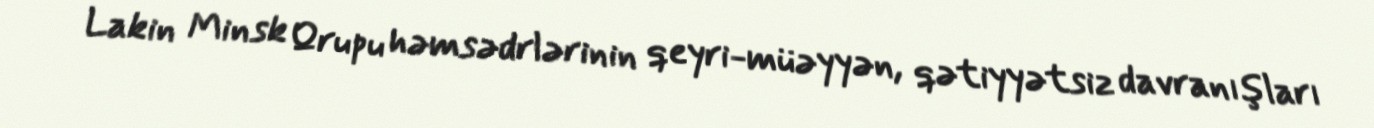
Lakin Minsk Qrupu həmsədrlərinin qeyri-müəyyən, qətiyyətsiz davranışları